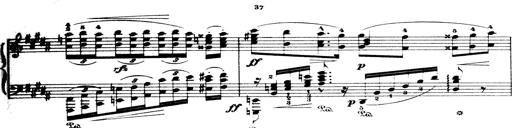
Title: Wagner-Liszt Album
Composer: Franz Liszt